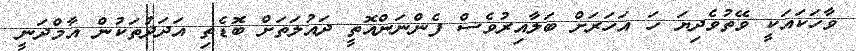
ވާހަކައަކީ ވޭތުވެދިޔަ ހަ އަހަރަށް ބަލާއިރުވެސް ފެންނަންއޮތީ ދައުލަތަށް ބޮޑެތި އަދަދުތަކުން އާމްދަނީ